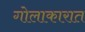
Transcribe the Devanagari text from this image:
गोलाकारात